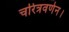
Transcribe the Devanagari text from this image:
चरित्रवर्णन।